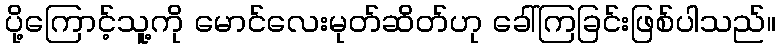
ပို့ကြောင့်သူ့ကို မောင်လေးမုတ်ဆိတ်ဟု ခေါ်ကြခြင်းဖြစ်ပါသည်။